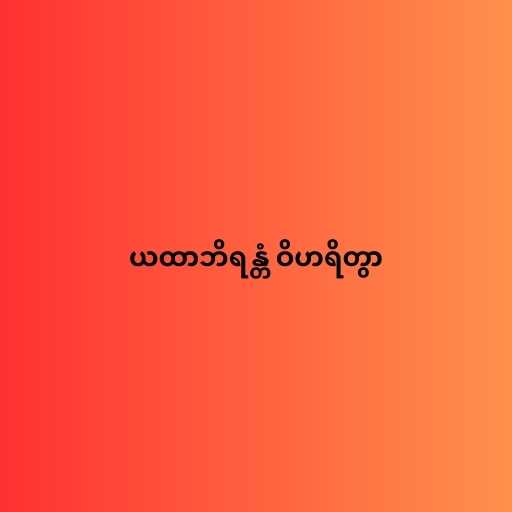
ယထာဘိရန္တံ ဝိဟရိတွာ